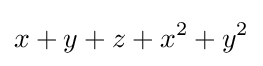
x+y+z+x^{2}+y^{2}